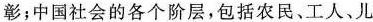
彰；中国社会的各个阶层，包括农民、工人、儿